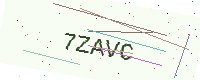
Text: 7ZAVC